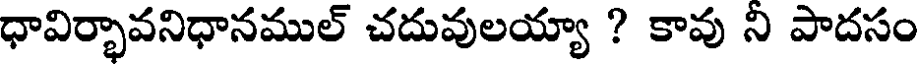
ధావిర్భావనిధానముల్ చదువులయ్యా ? కావు ని పాదసం